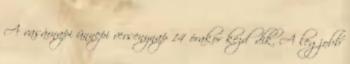
A vasárnapi ünnepi versenynap 14 órakor kezdődik. A legjobb